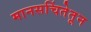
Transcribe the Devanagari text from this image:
मानसचिंतेतून